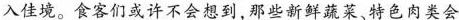
入佳境。食客们或许不会想到，那些新鲜蔬菜。特色肉类会